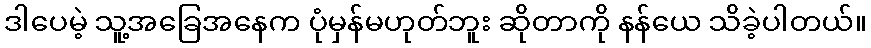
ဒါပေမဲ့ သူ့အခြေအနေက ပုံမှန်မဟုတ်ဘူး ဆိုတာကို နန်ယေ သိခဲ့ပါတယ်။